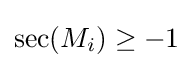
\sec(M_{i})\geq -1